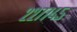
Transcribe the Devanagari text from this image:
२२७७४५